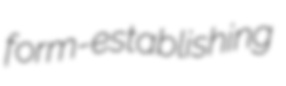
form-establishing